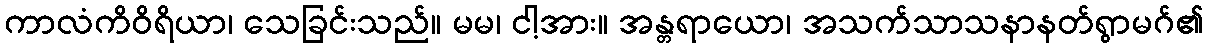
ကာလံကိဝိရိယာ၊ သေခြင်းသည်။ မမ၊ ငါ့အား။ အန္တရာယော၊ အသက်သာသနာနတ်ရွာမဂ်၏